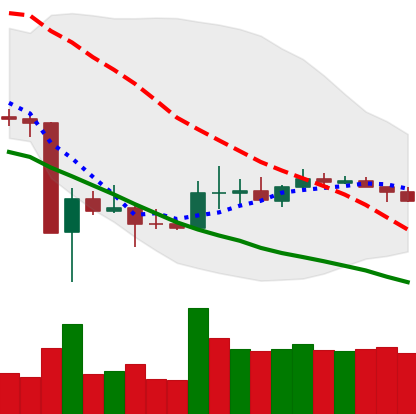
Ticker: DOGE-USD
Chart end date: 2020-03-29
Forward return: 7.545%
Label: up_7plus